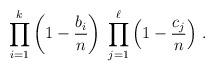
LaTeX: \begin{align*}\prod_{i=1}^k \left( 1 - \frac{b_i}{n} \right) \;\prod_{j=1}^\ell \left( 1 - \frac{c_j}{n} \right)\,.\end{align*}